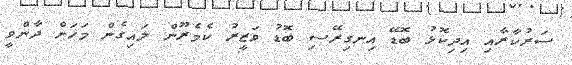
ސަރުކާރާއި އިދިކޮޅު ބޮޑޭ އިނގިރޭސި ބޮޑު ވަޒީރު ކެމެރޫން ލައިގެން މަހަށް ދާންވީ